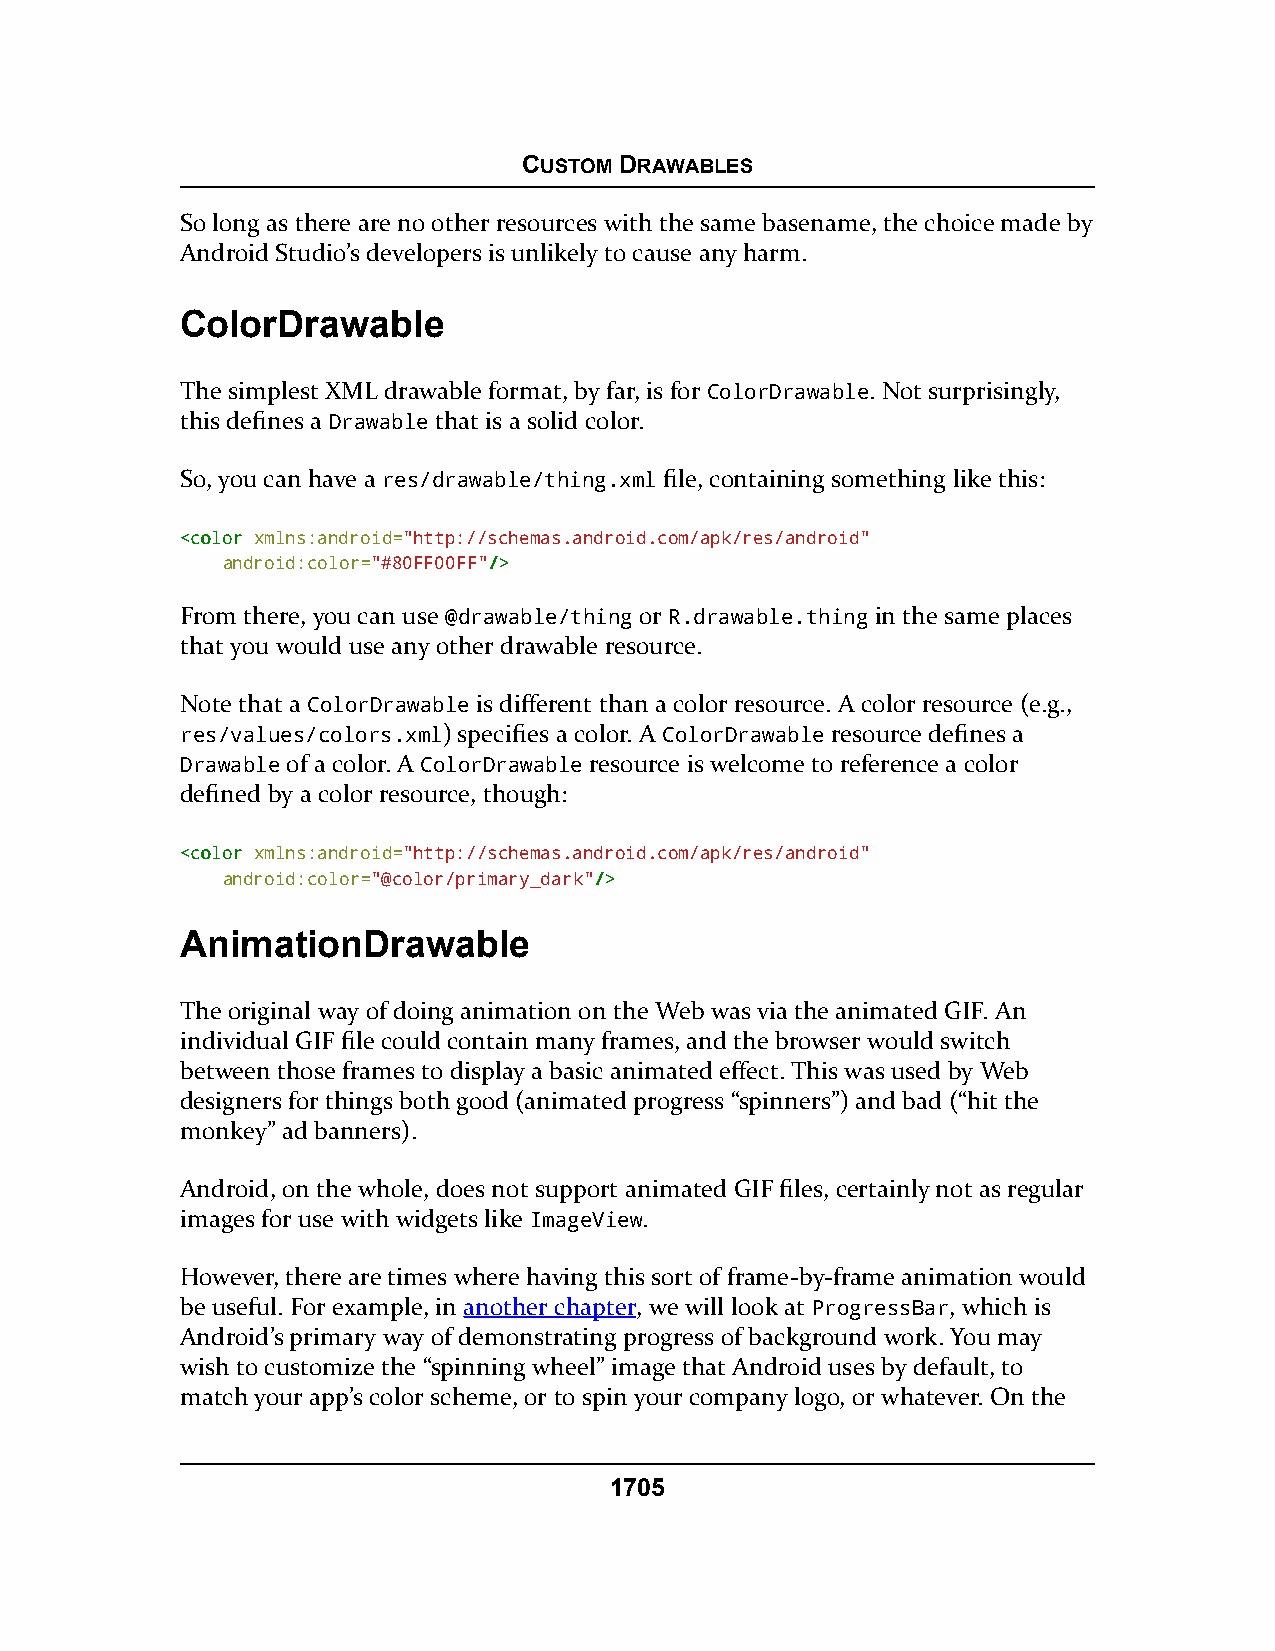
CUSTOM DRAWABLES
 So long as there are no other resources with the same basename, the choice made by
 Android Studio’s developers is unlikely to cause any harm.
 ColorDrawable
 The simplest XML drawable format, by far, is for ColorDrawable. Not surprisingly,
 this defines a Drawable that is a solid color.
 So, you can have a res/drawable/thing.xml file, containing something like this:
 <<ccoolloorr xmlns:android="http://schemas.android.com/apk/res/android"
 android:color="#80FF00FF"//>>
 From there, you can use @drawable/thing or R.drawable.thing in the same places
 that you would use any other drawable resource.
 Note that a ColorDrawable is different than a color resource. A color resource (e.g.,
 res/values/colors.xml) specifies a color. A ColorDrawable resource defines a
 Drawable of a color. A ColorDrawable resource is welcome to reference a color
 defined by a color resource, though:
 <<ccoolloorr xmlns:android="http://schemas.android.com/apk/res/android"
 android:color="@color/primary_dark"//>>
 AnimationDrawable
 The original way of doing animation on the Web was via the animated GIF. An
 individual GIF file could contain many frames, and the browser would switch
 between those frames to display a basic animated effect. This was used by Web
 designers for things both good (animated progress “spinners”) and bad (“hit the
 monkey” ad banners).
 Android, on the whole, does not support animated GIF files, certainly not as regular
 images for use with widgets like ImageView.
 However, there are times where having this sort of frame-by-frame animation would
 be useful. For example, in another chapter, we will look at ProgressBar, which is
 Android’s primary way of demonstrating progress of background work. You may
 wish to customize the “spinning wheel” image that Android uses by default, to
 match your app’s color scheme, or to spin your company logo, or whatever. On the
 1705